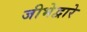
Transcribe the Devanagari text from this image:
जीभेद्वारे